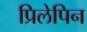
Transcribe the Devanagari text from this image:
प्रिलेपिन